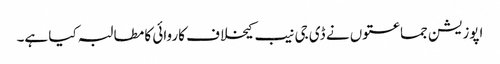
اپوزیشن جماعتوں نے ڈی جی نیب کیخلاف کاروائی کا مطالبہ کیا ہے۔